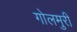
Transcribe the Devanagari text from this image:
गोलमुरी